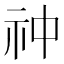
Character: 祌